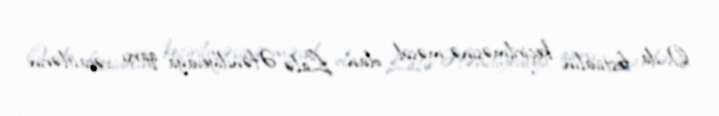
O da festivalın keçirilməsinə məsul olan Lalə Əfəndiyevaya qarşı vəsaitlərin